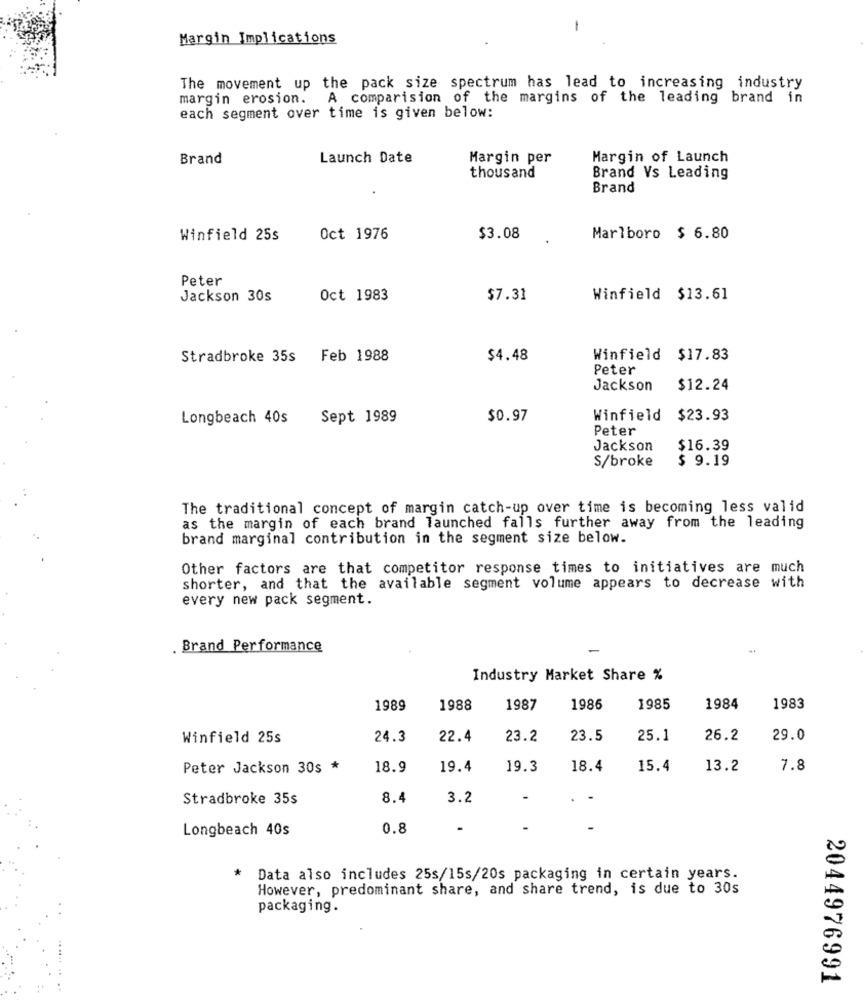
-
Margin Implications
The movement up the pack size spectrum has lead to increasing industry
margin erosion. A comparision of the margins of the leading brand in
each segment over time is given below:
Brand
Launch Date
Margin per
Margin of Launch
thousand
Brand Vs Leading
Brand
Winfield 25s
Oct 1976
$3.08
Marlboro $ 6.80
Peter
Jackson 30s
Oct 1983
$7.31
Winfield $13.61
Stradbroke 35s Feb 1988
$4.48
Winfield $17.83
Peter
Jackson
$12.24
Longbeach 40s
Sept 1989
$0.97
Winfield $23.93
Peter
Jackson
$16.39
S/broke
$ 9.19
The traditional concept of margin catch-up over time is becoming less valid
as the margin of each brand launched falls further away from the leading
brand marginal contribution in the segment size below.
Other factors are that competitor response times to initiatives are much
shorter, and that the available segment volume appears to decrease with
every new pack segment.
. Brand Performance
Industry Market Share %
1989
1988
1987
1986
1985
1984
1983
Winfield 25s
24.3
22.4
23.2
23.5
25.1
26.2
29.0
Peter Jackson 30s *
18.9
19.4
19.3
18.4
15.4
13.2
7.8
Stradbroke 35s
8.4
3.2
-
-
Longbeach 40s
0.8
-
Data also includes 25s/15s/20s packaging in certain years.
However, predominant share, and share trend, is due to 30s
packaging.
2044976991